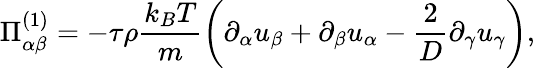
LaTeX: \Pi_{\alpha\beta}^{(1)}=-\tau\rho\frac{k_{B}T}{m}\left(\partial_{\alpha}u_{\beta}+\partial_{\beta}u_{\alpha}-\frac{2}{D}\partial_{\gamma}u_{\gamma}\right),